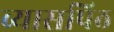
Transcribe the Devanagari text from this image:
व्यासपिठ